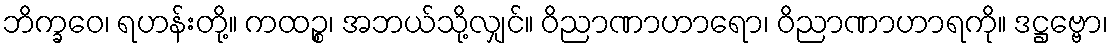
ဘိက္ခဝေ၊ ရဟန်းတို့။ ကထဉ္စ၊ အဘယ်သို့လျှင်။ ဝိညာဏာဟာရော၊ ဝိညာဏာဟာရကို။ ဒဋ္ဌဗ္ဗော၊